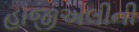
હાજીઅલીની